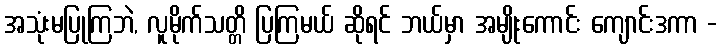
အသုံးမပြုကြဘဲ, လူမိုက်သတ္တိ ပြကြမယ် ဆိုရင် ဘယ်မှာ အမျိုးကောင်း ကျောင်းဒကာ -